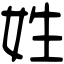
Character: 姓